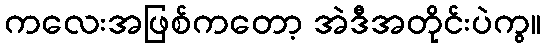
ကလေးအဖြစ်ကတော့ အဲဒီအတိုင်းပဲကွ။